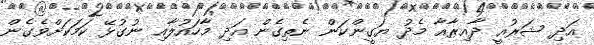
އަދި ޝަރުއީ ދާއިރާއާ މެދު ޔަގީންކަން ނެތިގެން އަދި މާހައުލާއި ނުގުޅޭ ކަމަކަށްވެގެން